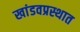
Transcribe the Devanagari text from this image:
खांडवप्रस्थात